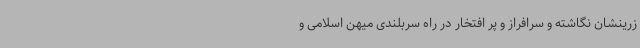
زرینشان نگاشته و سرافراز و پر افتخار در راه سربلندی میهن اسلامی و